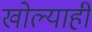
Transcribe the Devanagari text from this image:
खोल्याही